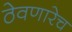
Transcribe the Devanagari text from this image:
ठेवणारेच